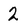
Character: 2